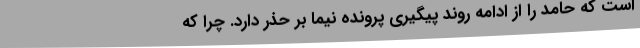
است که حامد را از ادامه روند پیگیری پرونده نیما بر حذر دارد. چرا که